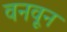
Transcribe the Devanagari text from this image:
वनवून